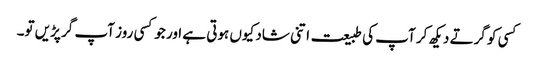
کسی کو گرتے دیکھ کر آپ کی طبیعت اتنی شاد کیوں ہوتی ہے اور جوکسی روز آپ گر پڑیں تو۔